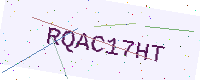
Text: RQAC17HT